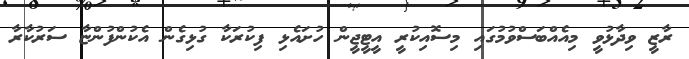
ރާޒީ ވިދާޅުވީ މިއެއްބަސްވުމުގައި މިސޮއިކުރީ އީޓީޖީން ހުށައެޅި ފިކުރަކާ ގުޅިގެން އެކުންފުންޏާ ސަރުކާރާ